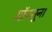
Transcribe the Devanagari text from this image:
मॉनसून।